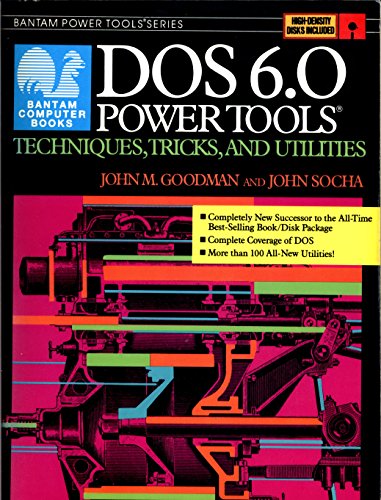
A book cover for DOS 6.0 POWER TOOLS (Bantam power tools series); John Socha; Computers & Technology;